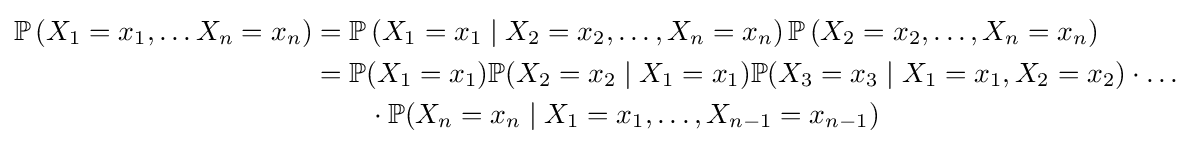
{\begin{aligned}\mathbb {P} \left(X_{1}=x_{1},\ldots X_{n}=x_{n}\right)&=\mathbb {P} \left(X_{1}=x_{1}\mid X_{2}=x_{2},\ldots ,X_{n}=x_{n}\right)\mathbb {P} \left(X_{2}=x_{2},\ldots ,X_{n}=x_{n}\right)\\&=\mathbb {P} (X_{1}=x_{1})\mathbb {P} (X_{2}=x_{2}\mid X_{1}=x_{1})\mathbb {P} (X_{3}=x_{3}\mid X_{1}=x_{1},X_{2}=x_{2})\cdot \ldots \\&\qquad \cdot \mathbb {P} (X_{n}=x_{n}\mid X_{1}=x_{1},\dots ,X_{n-1}=x_{n-1})\\\end{aligned}}